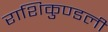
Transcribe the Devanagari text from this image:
राशिकुण्डली